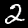
Label: 2